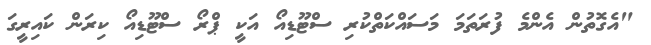
"އެގޮތުން އެންމެ ފުރަތަމަ މަސައްކަތްކުރި ސްޓޫޑިއޯ އަކީ ޕްރޯ ސްޓޫޑިއޯ ކިރަން ކައިރީގަ